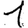
Digit: 1